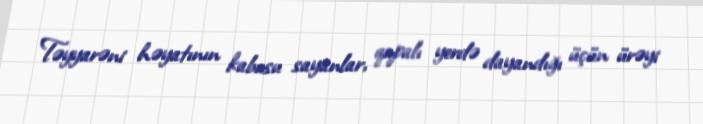
Təyyarəni həyatının kabusu sayanlar, qapalı yerdə dayandığı üçün ürəyi